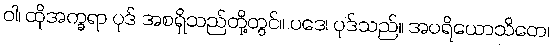
ဝါ၊ ထိုအက္ခရာ ပုဒ် အစရှိသည်တို့တွင်။ ပဒေ၊ ပုဒ်သည်။ အပရိယောသိတေ၊